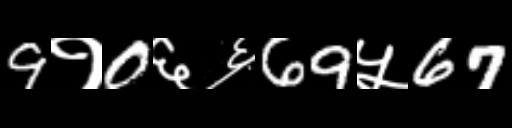
Text: 9१0६६69५67